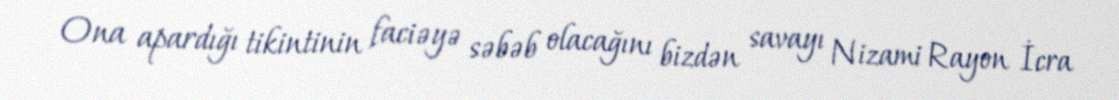
Ona apardığı tikintinin faciəyə səbəb olacağını bizdən savayı Nizami Rayon İcra